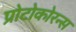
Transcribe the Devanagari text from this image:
प्रोटोकोरन्स